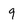
Character: 9